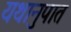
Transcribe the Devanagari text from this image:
यथानुपात